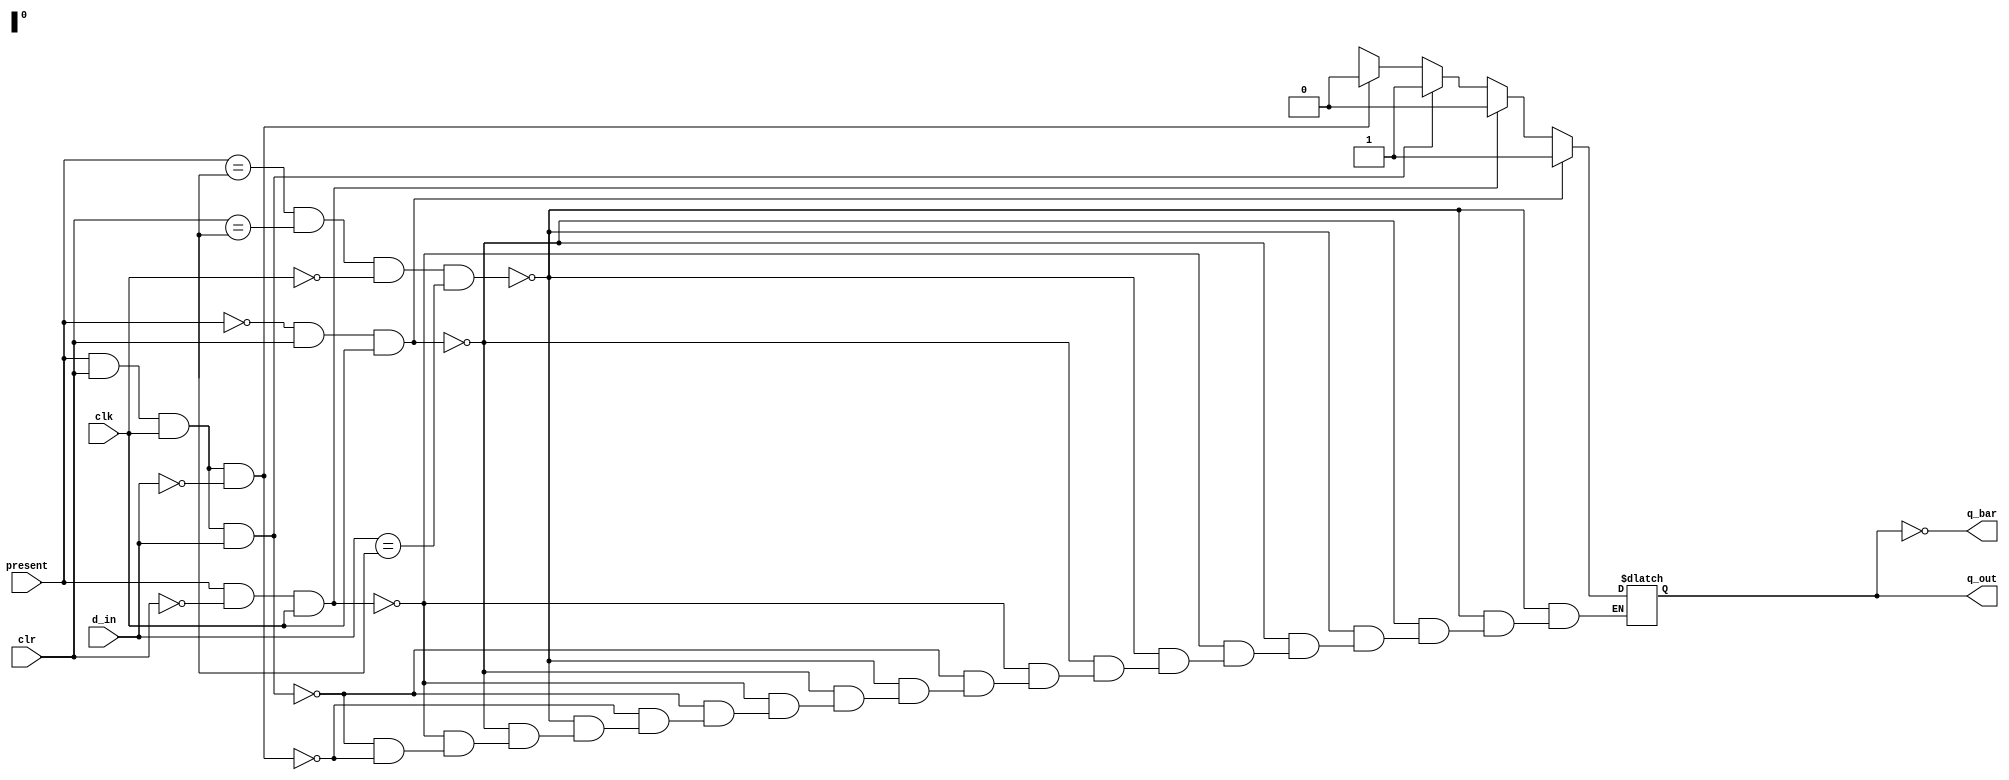
module dlatchsync(d_in,clr,clk,present,q_out,q_bar);
input d_in,clr,clk,present;
output reg q_out;
output q_bar;
always@(d_in or clr or clk or present)
begin 
  if(present== 'bx & clr== 'bx & clk==1'b0 & d_in== 'bx)
   q_out= 'bz;
  else if(present==1'b0 & clr==1'b1 & clk==1'b1)
  q_out=1;
  else if(present==1'b1 & clr==1'b0 &clk==1'b1)
  q_out=0;
  else if(present==1'b1 & clr==1'b1 & clk==1'b1 & d_in==1'b1)
  q_out=1;
  else if(present==1'b1 & clr==1'b1 & clk==1'b1 & d_in==1'b0)
   q_out=0;
  else if(present== 'bx & clr== 'bx & clk==1'b0)
   q_out=q_out;
end

assign q_bar=~q_out;
endmodule